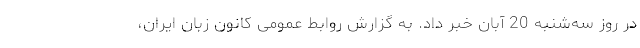
در روز سه‌شنبه 20 آبان خبر داد. به گزارش روابط عمومی کانون زبان ایران،